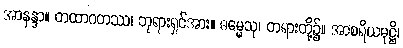
အာနန္ဒာ။ တထာဂတဿ၊ ဘုရားရှင်အား။ ဓမ္မေသု၊ တရားတို့၌။ အာစရိယမုဋ္ဌိ၊